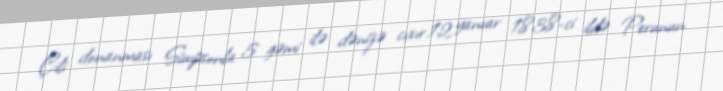
Çili donanması Simpsonla 5 gəmi ilə dənizə cıxır.12 yanvar 1838-ci ildə Perunun